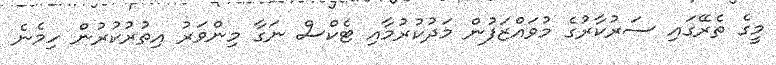
މީގެ ތެރޭގައި ސަރުކާރުގެ މުވައްޒަފުން މަދުކުރުމާއި ޓެކްސް ނަގާ މިންވަރު އިތުރުކުރުން ހިމެނެ